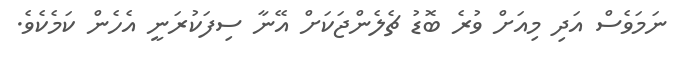
ނަމަވެސް އަދި މިއަށް ވުރެ ބޮޑު ޗެލެންޖަކަަށް އޭނާ ސިފަކުރަނީ އެހެން ކަމެކެވެ.